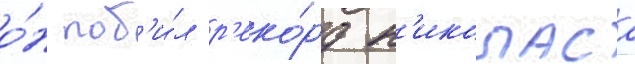
о́н поб'и́л р'еко́рд н'иколаса